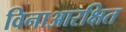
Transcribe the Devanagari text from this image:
विनाआरक्षित